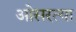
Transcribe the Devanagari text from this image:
ओसरत्या